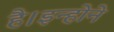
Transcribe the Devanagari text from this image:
है।इन्होने